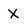
Character: X